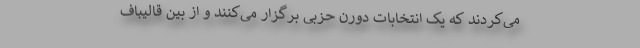
می‌کردند که یک انتخابات دورن حزبی برگزار می‌‌کنند و از بین قالیباف